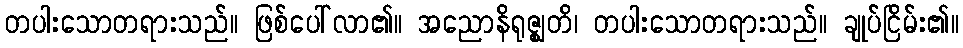
တပါးသောတရားသည်။ ဖြစ်ပေါ်လာ၏။ အညောနိရုဇ္ဈတိ၊ တပါးသောတရားသည်။ ချုပ်ငြိမ်း၏။